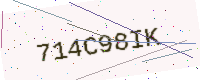
Text: 714C98IK